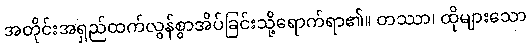
အတိုင်းအရှည်ထက်လွန်စွာအိပ်ခြင်းသို့ရောက်ရာ၏။ တဿာ၊ ထိုများသော